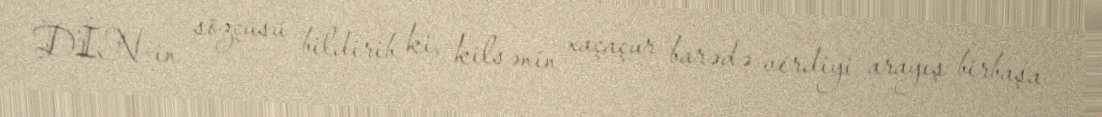
DİN-in sözçüsü bildirib ki, kilsənin xaçaçur barədə verdiyi arayış birbaşa